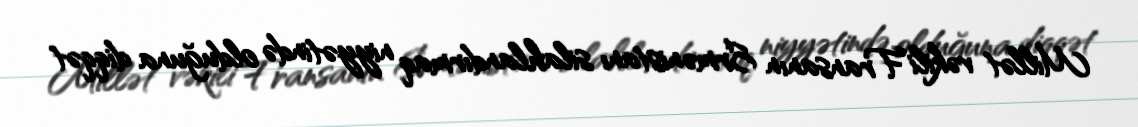
Millət vəkili Fransanın Ermənistanı silahlandırmaq niyyətində olduğuna diqqət